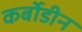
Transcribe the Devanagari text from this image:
कर्बोडीन